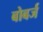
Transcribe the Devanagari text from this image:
बोबर्ज